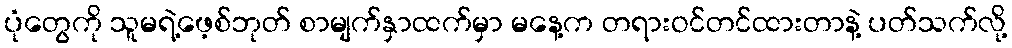
ပုံတွေကို သူမရဲ့ဖေ့စ်ဘုတ် စာမျက်နှာထက်မှာ မနေ့က တရားဝင်တင်ထားတာနဲ့ ပတ်သက်လို့